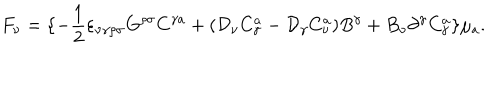
F _ { \nu } = \{ - \frac { 1 } { 2 } \varepsilon _ { \nu \gamma \rho \sigma } G ^ { \rho \sigma } C ^ { \gamma a } + ( { \cal D } _ { \nu } C _ { \gamma } ^ { a } - { \cal D } _ { \gamma } C _ { \nu } ^ { a } ) B ^ { \gamma } + B _ { \nu } \partial ^ { \gamma } C _ { \gamma } ^ { a } \} \mu _ { a } .